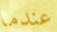
عندما